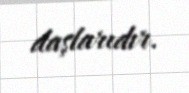
daşlarıdır.